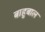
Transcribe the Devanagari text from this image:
बाहुबाल